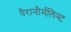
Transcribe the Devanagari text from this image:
पैरानौर्मलिस्ट